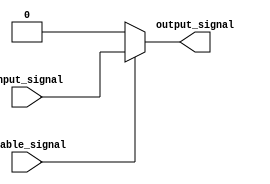
module Active_high_buffer (
    input input_signal,
    input enable_signal,
    output output_signal
);

assign output_signal = (enable_signal) ? input_signal : 1'b0;

endmodule